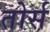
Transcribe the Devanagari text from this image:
तोर्स